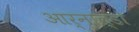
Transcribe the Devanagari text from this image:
आर्नाल्डो